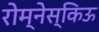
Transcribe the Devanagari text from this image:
रोम्नेस्किऊ